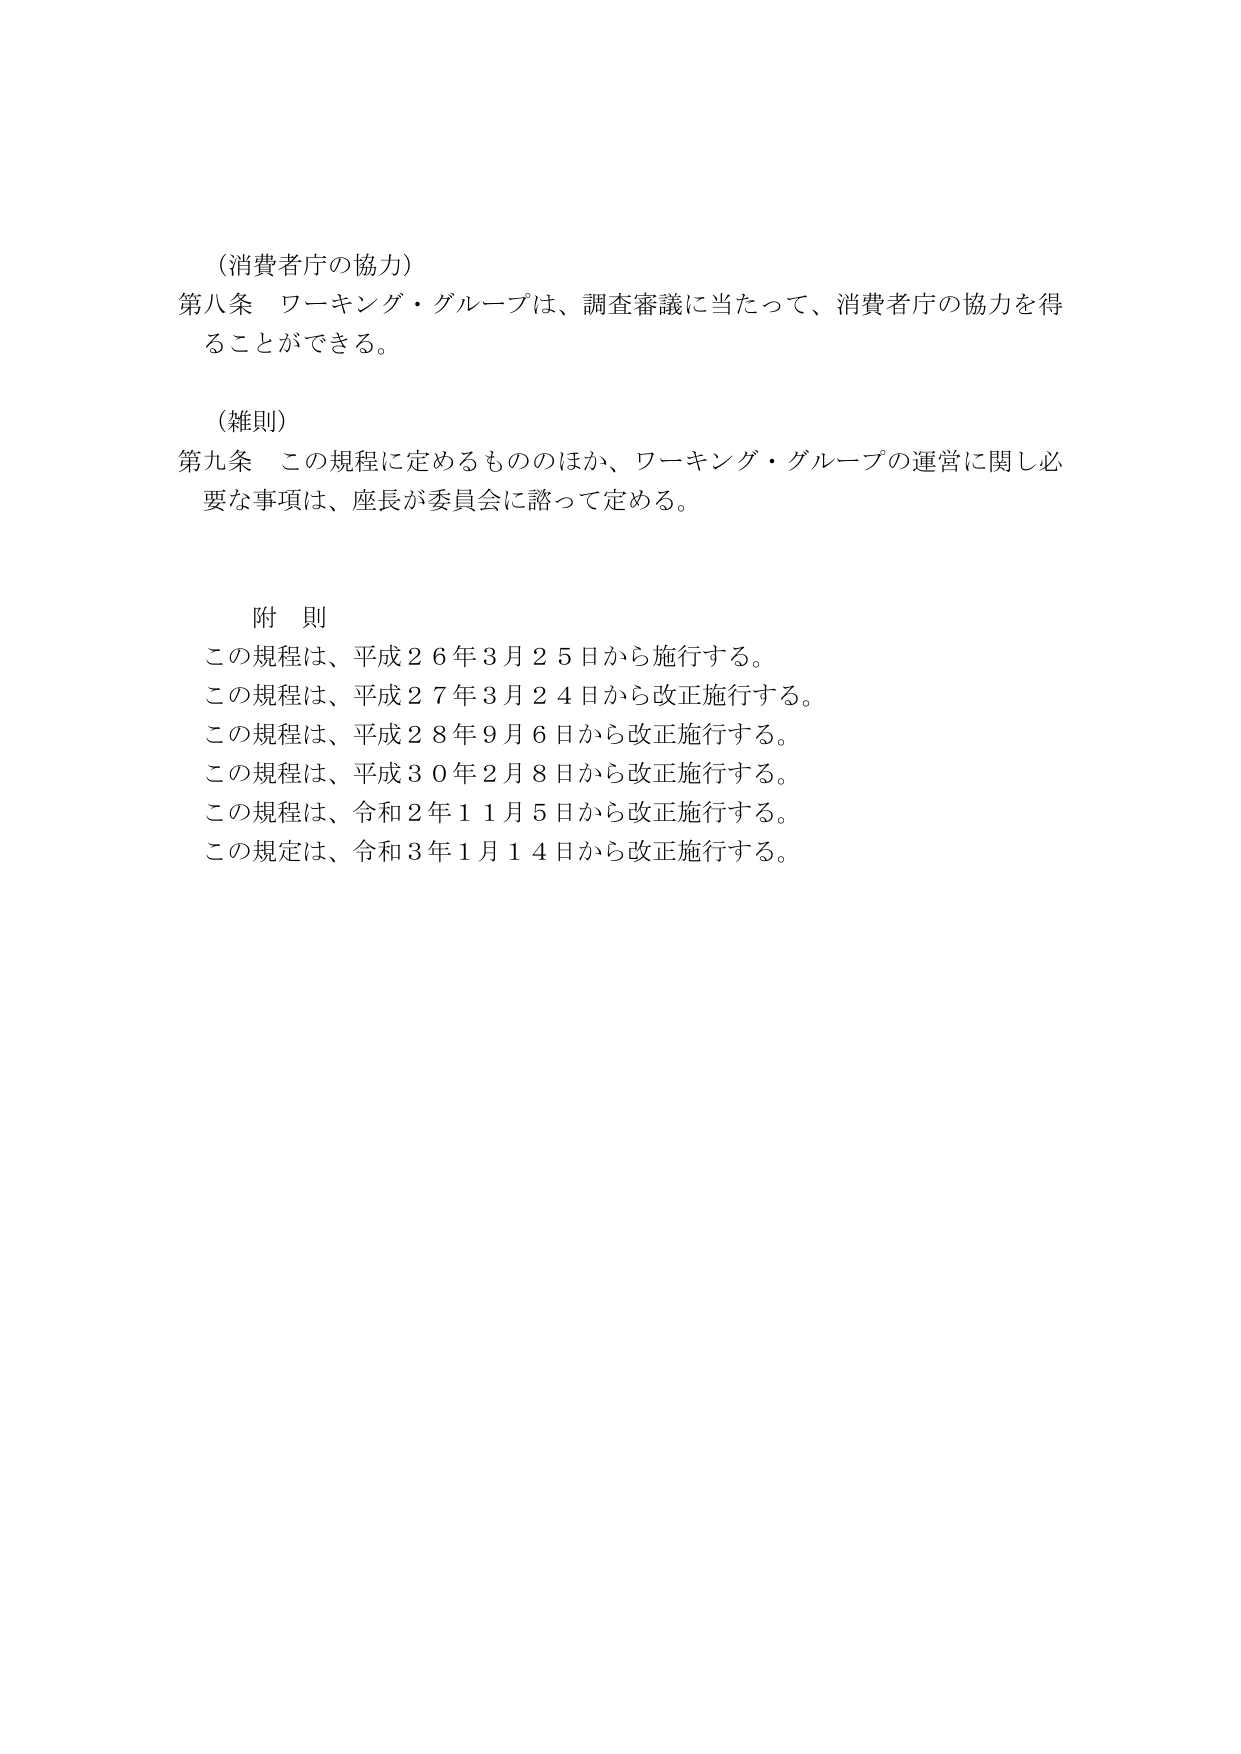
（消費者庁の協力）
第八条 ワーキング・グループは、調査審議に当たって、消費者庁の協力を得ることができる。

（雑則）
第九条 この規程に定めるもののほか、ワーキング・グループの運営に関し必要な事項は、座長が委員会に諮って定める。

附 則
この規程は、平成２６年３月２５日から施行する。
この規程は、平成２７年３月２４日から改正施行する。
この規程は、平成２８年９月６日から改正施行する。
この規程は、平成３０年２月８日から改正施行する。
この規程は、令和２年１１月５日から改正施行する。
この規定は、令和３年１月１４日から改正施行する。